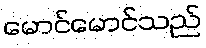
မောင်မောင်သည်